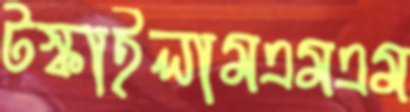
টস্‌কাইলামএমএম